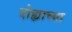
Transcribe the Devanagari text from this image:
दोह्याच्या